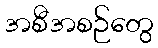
အစီအစဉ်တွေ